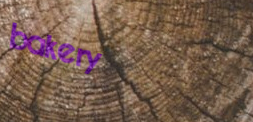
bakery